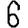
Digit: 6